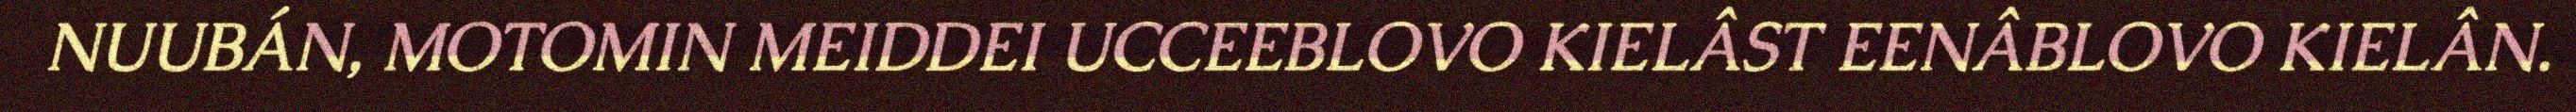
NUUBÁN, MOTOMIN MEIDDEI UCCEEBLOVO KIELÂST EENÂBLOVO KIELÂN.